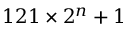
1 2 1 \times 2 ^ { n } + 1